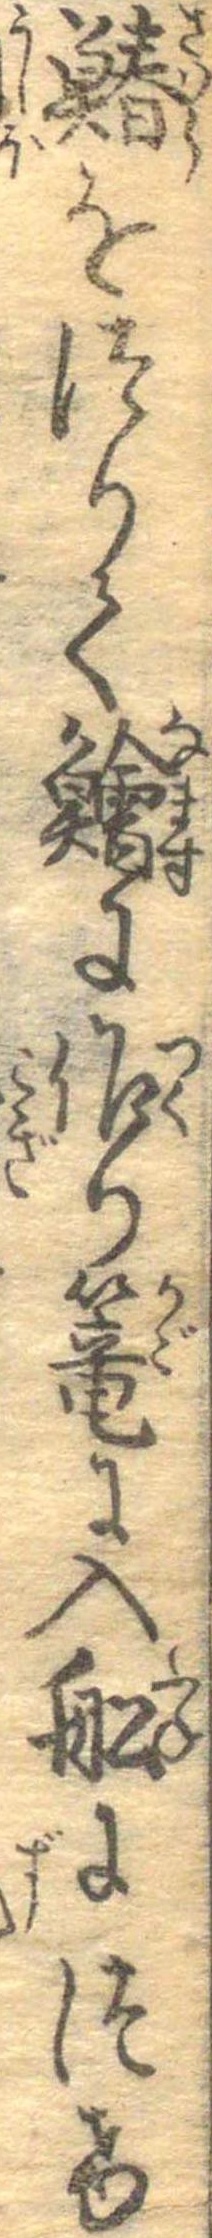
鰆をつりて鱠に作り篭に入船につけ